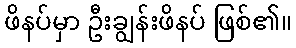
ဖိနပ်မှာ ဦးချွန်းဖိနပ် ဖြစ်၏။